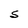
Character: S